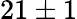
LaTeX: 21\pm 1